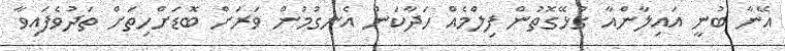
އޭނާ ބުނީ އައިލާންއާ ގުޅޭގޮތުން ފިލްމެއް ހަދާކަން އެނގުމުން ވަރަށް ބޮޑަށްހިތަށް ތަދުވެފައިވާ